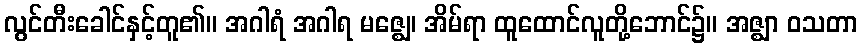
လွင်တီးခေါင်နှင့်တူ၏။ အဂါရံ အဂါရ မဇ္ဈေ၊ အိမ်ရာ ထူထောင်လူတို့ဘောင်၌။ အဇ္ဈာ ဝသတာ